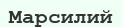
Марсилий